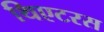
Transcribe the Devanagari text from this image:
थिएटरस